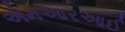
એમઆરઆઈ